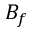
B _ { f }